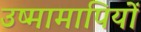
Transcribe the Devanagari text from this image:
उष्मामापियों